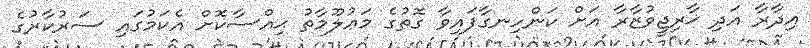
އިދާރާ އަދި ޚާރިޖީވުޒާރާ އަށް ކަންހިނގާފައިވާ ގޮތުގެ މަޢުލޫމާތު ޙިއްސާކޮށް އެކަމުގައި ސަރުކާރުގެ